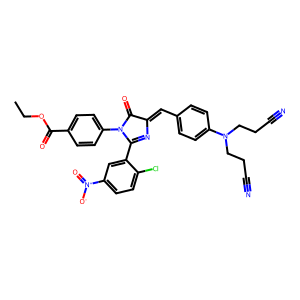
SMILES: CCOC(=O)c1ccc(N2C(=O)C(=Cc3ccc(N(CCC#N)CCC#N)cc3)N=C2c2cc([N+](=O)[O-])ccc2Cl)cc1
Inhibits HIV replication: No